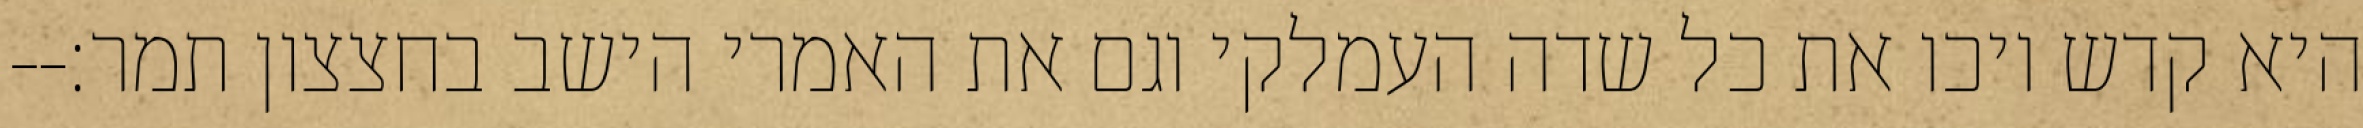
היא קדש ויכו את כל שדה העמלקי וגם את האמרי הישב בחצצון תמר׃--